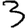
Digit: 3